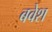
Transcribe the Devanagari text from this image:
बवेश